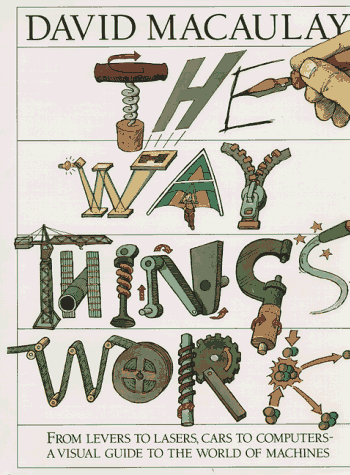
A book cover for The Way Things Work; David Macaulay; Children's Books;